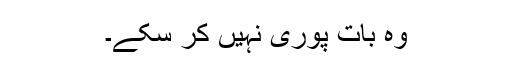
وہ بات پوری نہیں کر سکے۔